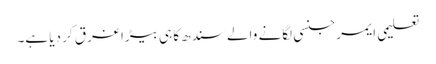
تعلیمی ایمرجنسی لگانے والے سندھ کا ہی بیڑا غرق کر دیا ہے۔